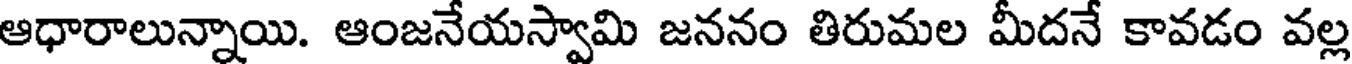
ఆధారాలున్నాయి. ఆంజనేయస్వామి జననం తిరుమల మీదనే కావడం వల్ల